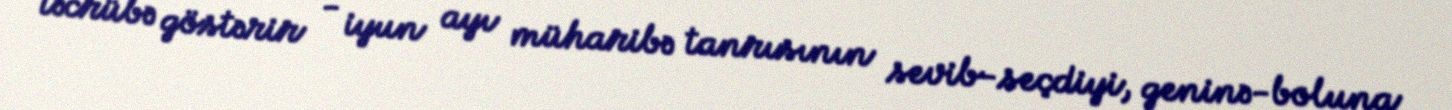
təcrübə göstərir - iyun ayı müharibə tanrısının sevib-seçdiyi, geninə-boluna